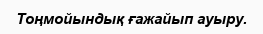
Тоңмойындық ғажайып ауыру.